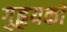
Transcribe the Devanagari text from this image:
गुहृयकों